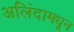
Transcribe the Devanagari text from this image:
अलिंदामधून